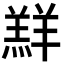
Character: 𮊲